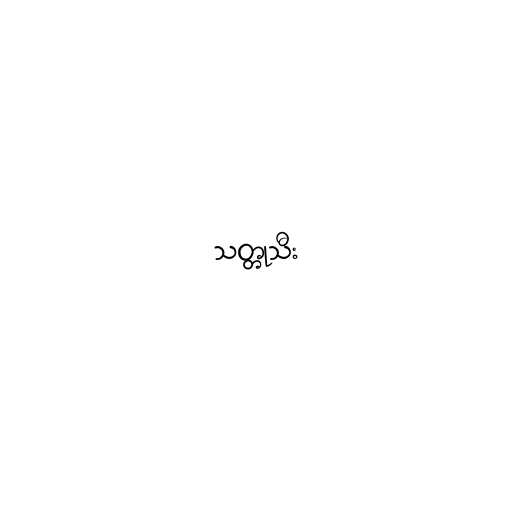
သတ္တုသီး